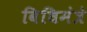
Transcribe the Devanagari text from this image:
विधिमंत्रे